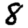
Digit: 8